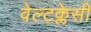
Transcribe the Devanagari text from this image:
वेल्टक्लेसी